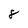
Character: 8